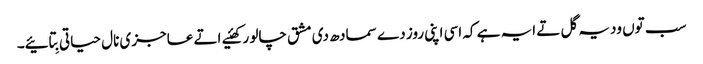
سب توں ودیہ گل تے ایہ ہے کہ اسی اپنی روز دے سمادھ دی مشق چالو رکھئیے اتے عاجزی نال حیاتی بِتائیے۔